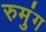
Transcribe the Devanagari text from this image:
रुमुंग